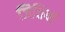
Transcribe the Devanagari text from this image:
जितियां